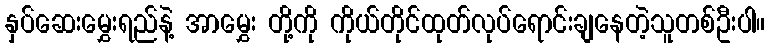
နှပ်ဆေးမွှေးရည်နဲ့ အာမွှေး တို့ကို ကိုယ်တိုင်ထုတ်လုပ်ရောင်းချနေတဲ့သူတစ်ဦးပါ။